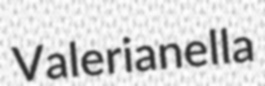
Valerianella